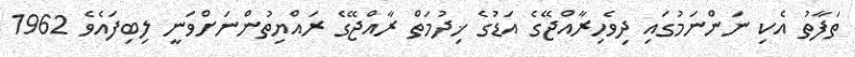
ތަފާތު އެކި ނަންނަމުގައި ދިވެހިރާއްޖޭގެ އަޑުގެ ޚިދުމަތް ރާއްޖޭގެ ރައްޔިތުންނަށްވަނީ ލިބިފައެވެ 1962